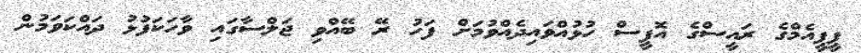
ޕީޕީއެމްގެ ރައީސްގެ އޮފީސް ހުޅުއްވައިދެއްވުމަށް ފަހު ރޭ ބޭއްވި ޖަލްސާގައި ވާހަކަފުޅު ދައްކަވަމުން